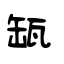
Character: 缻